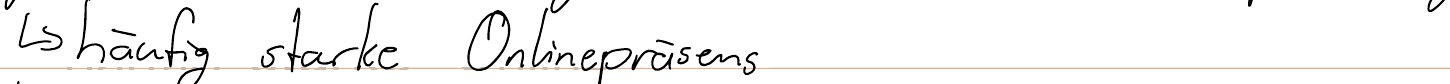
-> häufig starke Onlinepräsens